Report on the working of the mental hospitals for Indians in Bihar and Orissa - 1925-1929
Year: 1925
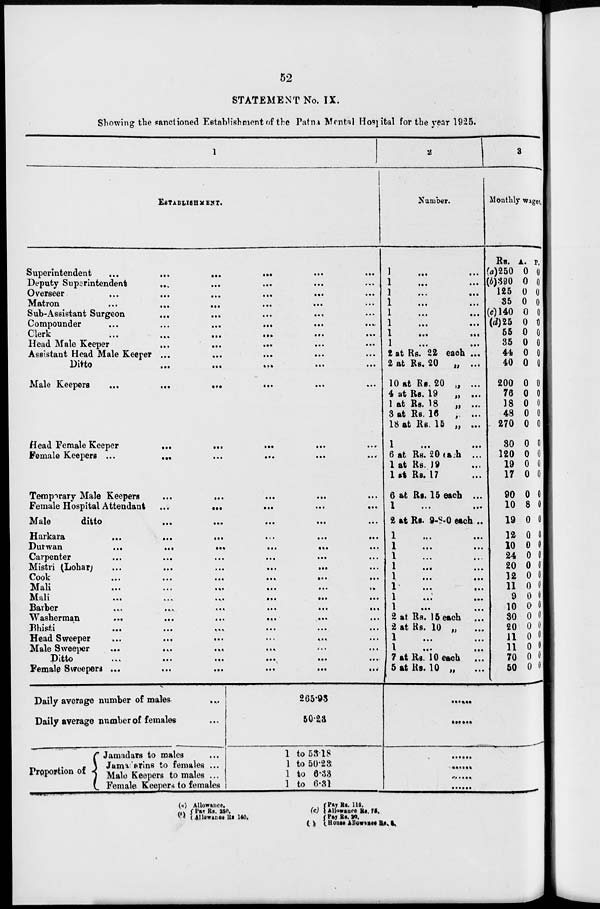
52
STATEMENT No. IX.
Showing the sanctioned Establishment of the Patna Mental Hospital for the year 1925.
1
ESTABLISHMENT.
Superintendent
...
...
...
...
...
...
Deputy Superintendent ... ... ... ... ...
Overseer
...
...
...
...
...
...
Matron ... ... ... ... ... ...
Sub-Assistant Surgeon ... ... ... ... ...
Compounder
.
...
...
...
...
...
...
...
Clerk
...
...
...
...
...
...
Head Male Keeper
...
...
...
...
...
...
Assistant Head Male Keeper .. ... ... ... ... ... ...
Ditto
...
...
...
...
...
...
Male Keepers
...
...
...
...
...
...
Head Female Keeper
...
...
...
...
...
Female Keepers
...
...
...
...
...
...
Temporary Male Keepers ... ... ... ... ...
Female Hospital Attendant
...
... ... ... ...
Male
ditto
...
...
...
... ... ...
Harkara
...
...
...
...
...
...
Durwan
...
...
...
...
...
...
Carpenter
...
...
...
...
...
Mistri (Lobar)
...
...
...
...
...
Cook
...
...
...
...
...
...
Mali
...
...
...
...
...
...
Mali
...
...
...
...
...
...
Barber
...
...
...
...
...
...
Washerman
...
...
...
...
...
...
Bhisti
...
...
...
...
...
...
Head Sweeper
...
...
...
...
...
Male Sweeper
...
...
...
...
...
...
Ditto ... ... ... ... ... ...
Female Sweepers ...
...
...
...
...
...
Daily average number of males ...
Daily average number of females ...
Proportion of
Jamadars to males ...
Jamadarins to females ...
Male Keepers to males ...
Female Keepers to females
265.93
50.23
1 to 53.18
1 to 50.23
1 to 6.33
1 to 6.31
2
Number.
1 ...
...
1 ... ...
1
...
...
1
...
...
1
...
...
1
...
...
1
...
...
1
...
...
2 at Rs. 22 each ...
2 at Rs. 20
„ ...
10 at Rs. 20 „ ...
4 at Rs. 19
„ ...
1 at Rs. 18
„ ...
3 at Rs. 16
„ ...
18 at Rs. 15 „ ...
1
...
...
6 at Rs. 20 each ...
1 at Rs. 19 ...
1 at Rs. 17 ...
6 at Rs. 15 each ...
1
...
...
2 at Rs. 9-8-0 each ...
1
...
...
1
...
...
1
...
...
1
...
...
1
...
...
1
...
...
1
...
...
1
...
...
2 at Rs. 15 each ...
2 at Rs. 10 „ ...
1
...
...
1
...
...
7 at Rs. 10 each
...
5 at Rs. 10 „ ...
3
Monthly wages.
Rs.
(a)250
(b)390
125
35
(c)140
(d)25
55
35
44
40
200
76
18
48
270
30
120
19
17
90
10
19
12
10
24
20
12
11
9
10
30
20
11
11
70
50
A.
0
0
0
0
0
0
0
0
0
0
0
0
0
0
0
0
0
0
0
0
8
0
0
0
0
0
0
0
0
0
0
0
0
0
0
0
P.
0
0
0
0
0
0
0
0
0
0
0
0
0
0
0
0
0
0
0
0
0
0
0
0
0
0
0
0
0
0
0
0
0
0
0
0
......
......
......
......
......
......
(a)
(b)
Allowance.
Pay Rs. 250.
Allowance Rs 140.
(c)
(d)
Pay Rs. 115.
Allowance Rs. 75.
Pay Rs. 20.
House Allowance Rs. 5.